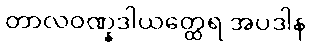
တာလဝဏ္နဒါယတ္ထေရ အပဒါန